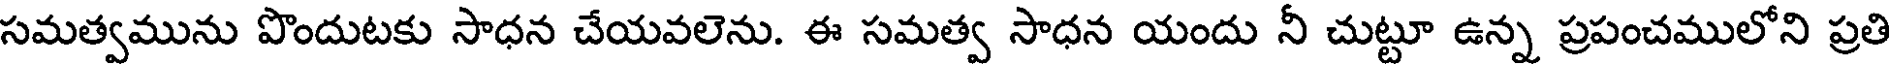
సమత్వమును పొందుటకు సాధన చేయవలెను. ఈ సమత్వ సాధన యందు నీ చుట్టూ ఉన్న ప్రపంచములోని ప్రతి